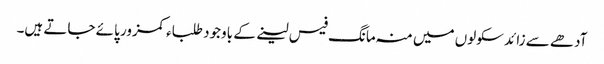
آدھے سے زائد سکولوں میں منہ مانگ فیس لینے کے باوجود طلباء کمزور پائے جاتے ہیں۔